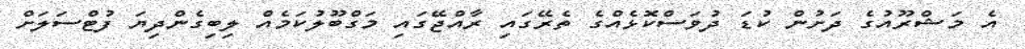
އެ މަޝްރޫއުގެ ދަށުން ކުޑަ ދުވަސްކޮޅެއްގެ ތެރޭގައި ރާއްޖޭގައި މަގްބޫލުކަމެއް ލިބިގެންދިޔަ ފުޓްސަލަށް